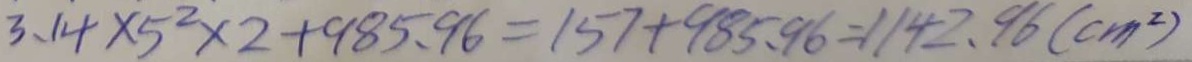
3 . 1 4 \times 5 ^ { 2 } \times 2 + 9 8 5 . 9 6 = 1 5 7 + 9 8 5 . 9 6 = 1 1 4 2 . 9 6 ( c m ^ { 2 } )